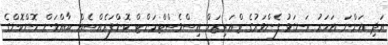
އަދި އަންނަ އަހަރު ރަނގަޅު ފެންވަރުގެ ޓްއަރިޒަމް އިސްވެސްޓްމަންޓް ކޮންފަރެއްސެއް ބާއްވަން ހޮންކޮންގެ